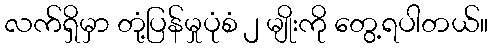
လက်ရှိမှာ တုံ့ပြန်မှုပုံစံ ၂ မျိုးကို တွေ့ရပါတယ်။